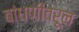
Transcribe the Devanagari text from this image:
बांधणीवरून